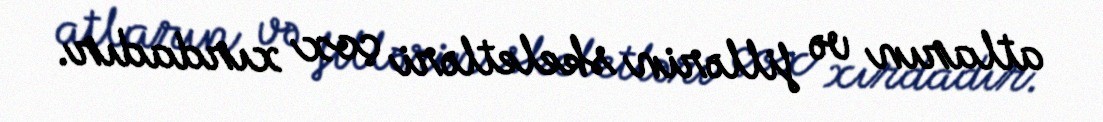
atların və fillərin skeletləri çox xırdadır.